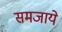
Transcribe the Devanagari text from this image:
समजाये